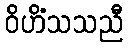
ဝိဟိံသသညီ